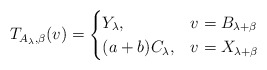
\begin{align*} T_{A_\lambda,\beta}(v)=\begin{cases} Y_{\lambda}, & v=B_{\lambda+\beta}\\ (a+b)C_{\lambda}, & v=X_{\lambda+\beta} \end{cases}\end{align*}